Madras plague regulations in force outside the Presidency town - Volume 1
Disease focus: Plague
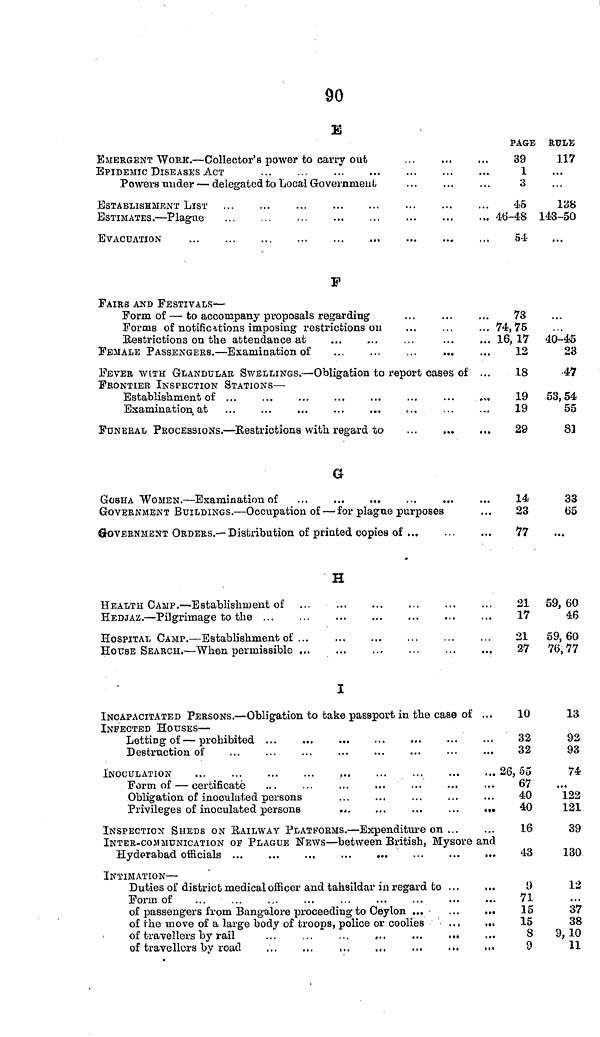
90
E
EMERGENT WORK. — Collector's power to carry out
EEMIC DISEASES ACT
Powers under — delegated to Local Government
ESTABLISHMENT LIST
ESTIMATES. — Plague
EVACUATION
PAGE
39
1
3
45
46-48
54
RULE
117
138
143-50
F
PAIRS AND FESTIVALS —
Form of — to accompany proposals regarding
Forms of notifications imposing restrictions on
Restrictions on the attendance at
FEMALE PASSENGERS. — Examination of
FEVER WITH GLANDULAR SWELLINGS. — Obligation to report cases of ...
FRONTIER INSPECTION STATIONS —
Establishment of ...
...
...
...
...
...
...
.*„
Examination at ...
...
...
...
...
....
FUNERAL PROCESSIONS. — Eestrictions with regard to
...
,
73
74, 75
16, 17
12
18
19
19
29
40-45
23
•47
53, 54
55
8]
G
GOSHA WOMEN. — Examination of
GOVERNMENT BUILDINGS. — Occupation of — for plague purposes
GOVERNMENT ORDERS.— Distribution of printed copies of
14
23
77
33
65
H
HEALTH CAMP. — Establishment of
HEDJAZ. — Pilgrimage to the
HOSPITAL CAMP. — Establishment of
HOUSE SEARCH. — When permissible
21
17
21
27
59, 60
46
59, 60
76,77
I
INCAPACITATED PERSONS. — Obligation to take passport in the case of ...
INFECTED HOUSES —
Letting of — prohibited ...
Destruction of
INOCULATION
Form of — certificate
Obligation of inoculated persons
Privileges of inoculated persons
.,.
...
...
...
.••
INSPECTION SHEDS ON BAILWAY PLATFORMS. — Expenditure on ...
INTER-COMMUNICATION OF PLAGUE NEWS — between British, Mysore and
Hyderabad officials ...
...
...
...
...
...
...
...
INTIMATION —
Duties of district medical officer and tahsildar in regard to ...
Form of
of passengers from Bangalore proceeding to Ceylon ...
...
...
of the move of a large body of troops, police or coolies
.. ,
...
of travellers by rail
of travellers by road
...
10
32
32
26, 55
67
40
40
16
,
43
9
71
15
15
8
9
13
92
93
74
"Î22
121
39
130
12
37
38
9,10
11